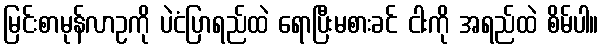
မြင်းစာမုန်လာဥကို ပဲငံပြာရည်ထဲ ရောပြီးမစားခင် ငါးကို အရည်ထဲ စိမ်ပါ။